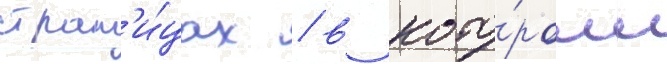
стран'и́цах / в кото́ром